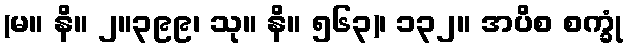
(မ။ နိ။ ၂။၃၉၉၊ သု။ နိ။ ၅၆၃)၊ ၁၃၂။ အပိစ စက္ခုံ